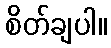
စိတ်ချပါ။